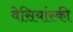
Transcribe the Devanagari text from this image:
वेसियांस्की